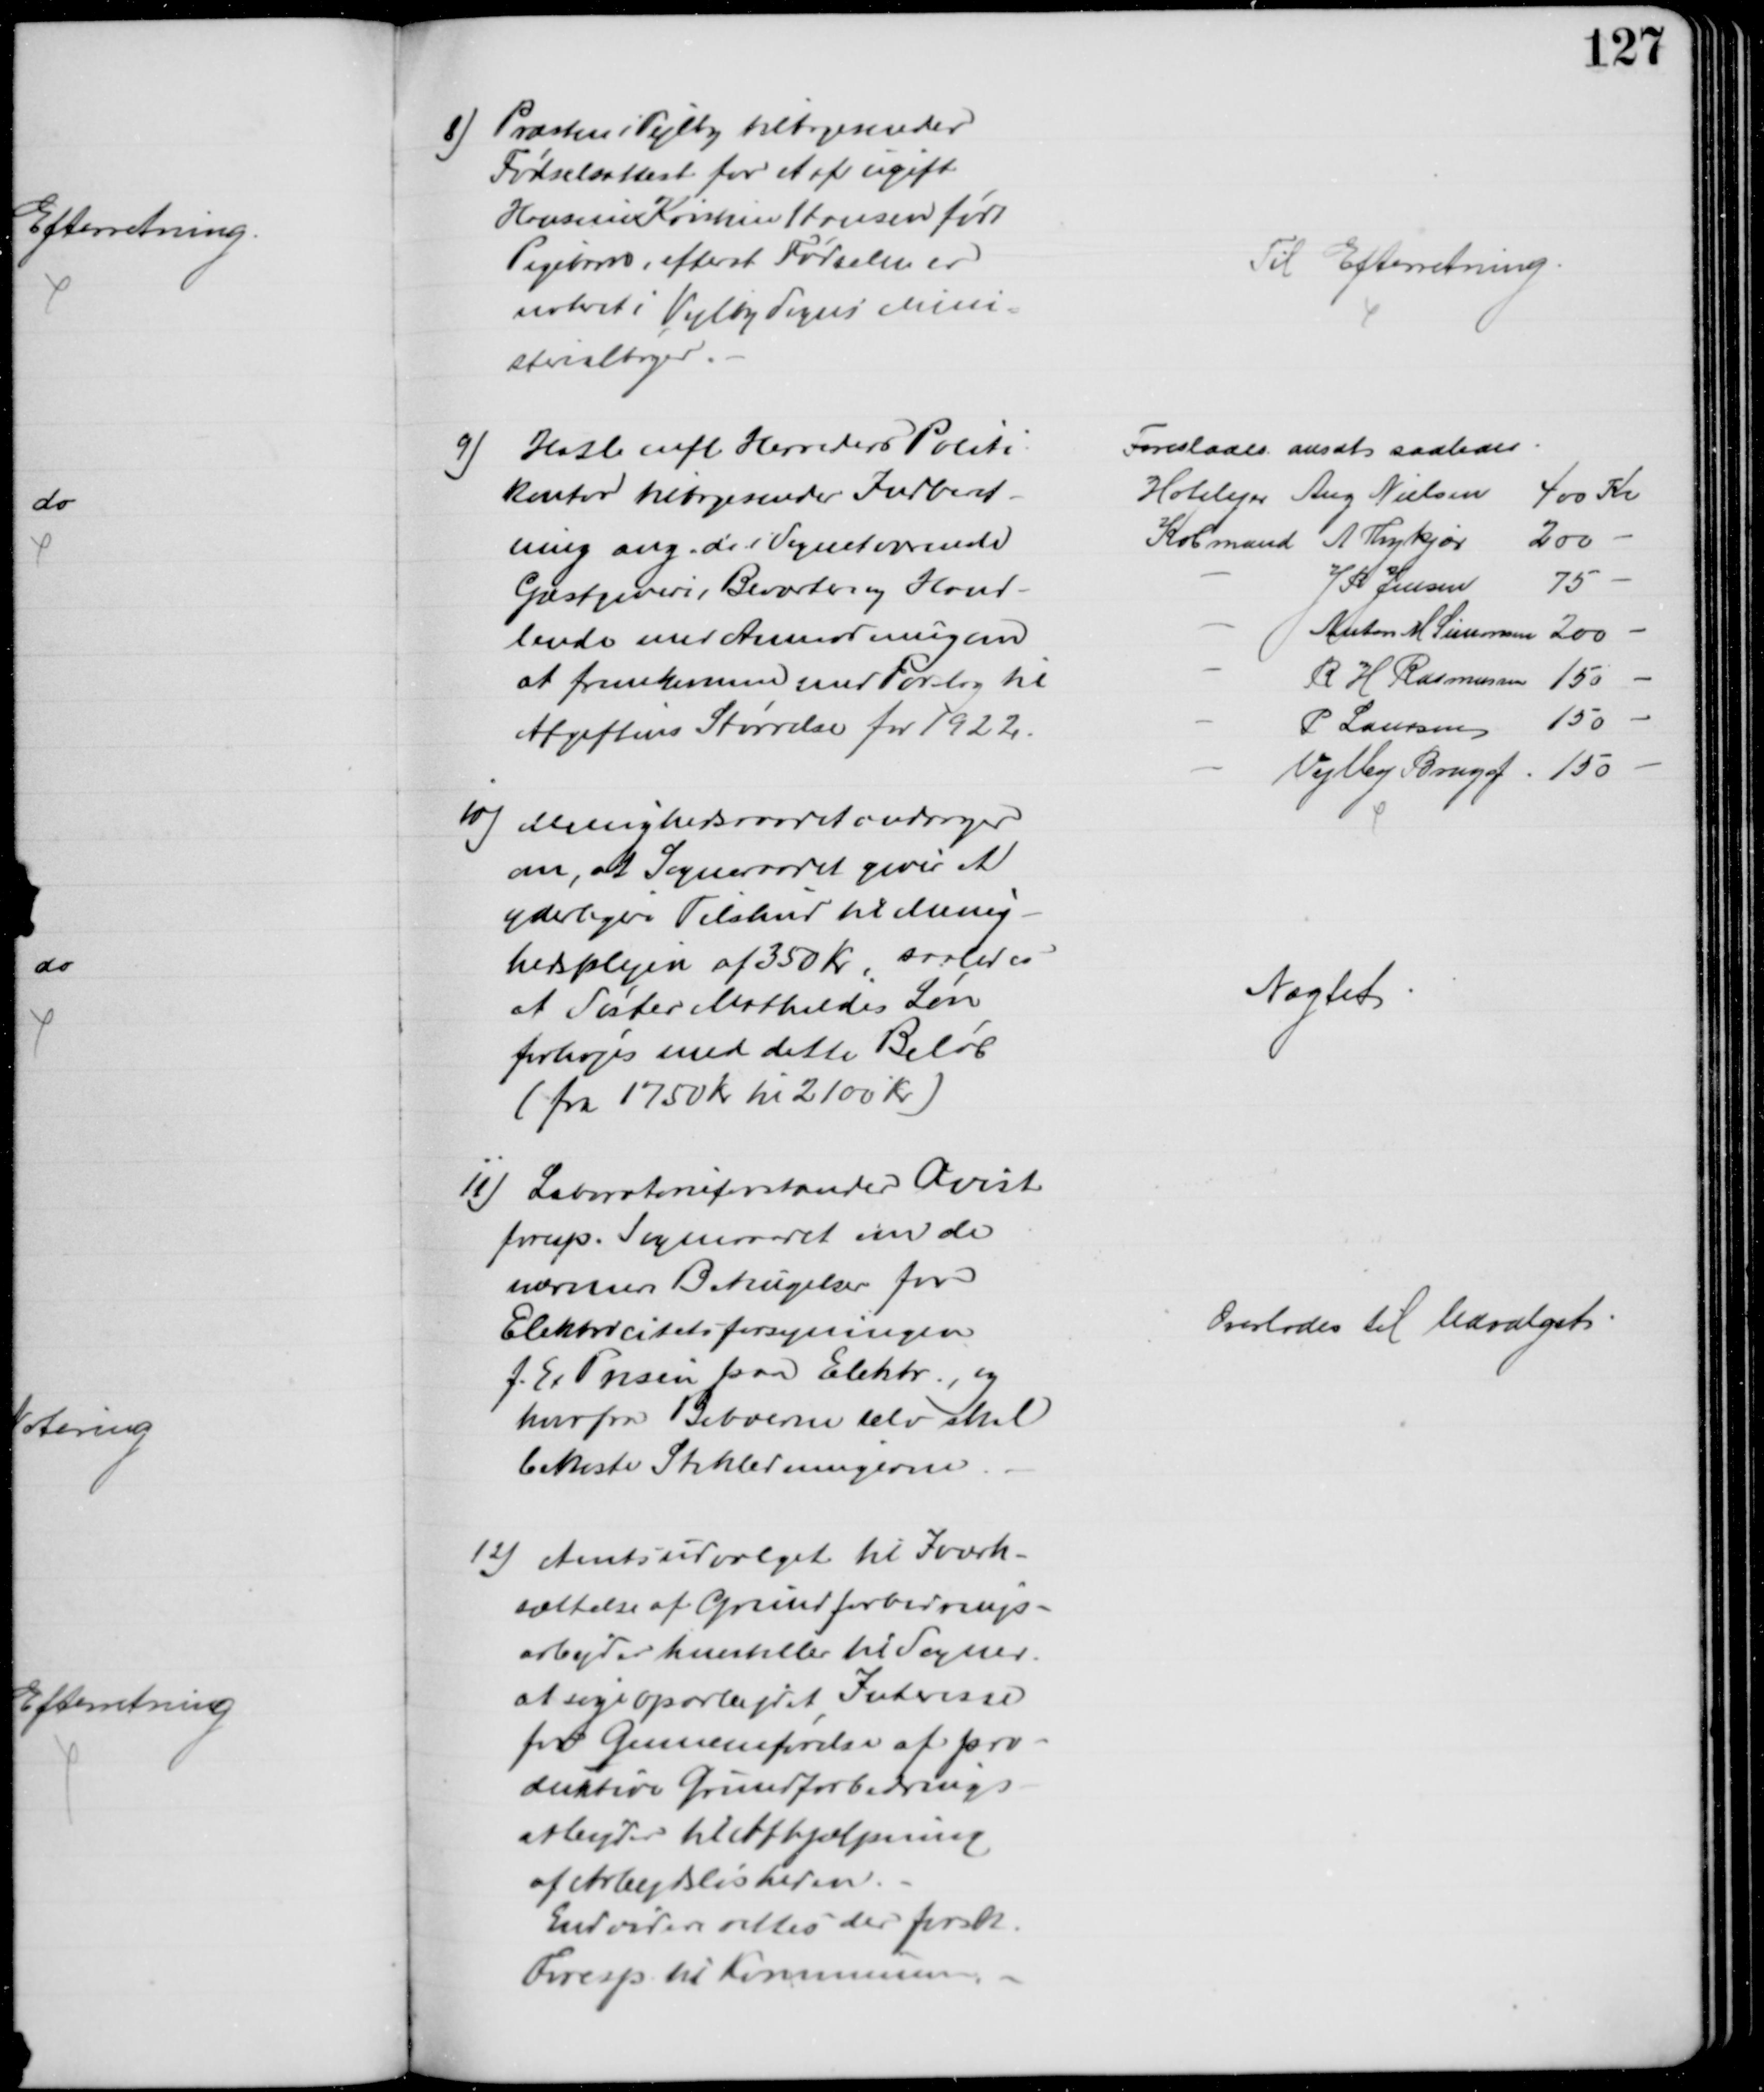
Transskription:
8) Præsten i Vejlby tilbagesender
Fødselsattest for et af ugift
Hansine Kirstine Hansen født
Pigebarn, efterat Fødselen er
noteret i Vejlby Sogns Mini-
sterialbøger.
Til Efterretning
9) Hasle mfl Herreders Politi-
kontor tilbagesender Indberet-
ning ang. de i Sognet værende
Gæstgiveri, Beværter og Hand-
lende med Anmodningen
at fremkomme med Forslag til
Afgiftens Størrelse for 1922.
Foreslaaes ansat saaledes
Hotelejer Aug Nielsen
400 Kr
Købmand A Thykjær
200
J P Jensen
75
Anton M Simonsen 200
R H Rasmussen 150
P Laursen 150
Vejlby Brugsf. 150
10)
Menighedsraadet andrager
om, at Sogneraadet giver et
yderligere Tilskud til Menig-
hedsplejen af 350 Kr, saaledes
at Søster Mathildes Løn
forhøjes med dette Beløb
(fra 1750 Kr til 2100 Kr)
Nægtet
11) Laboratorieforstander Qvist
foresp. Sogneraadet om de
nærmere Betingelser for
Elektricitetsforsyningen
f. Ex Prisen paa Elektr., og
hvorfor Beboerne selv skal
bekoste Stikledningerne
Overlodes til Udvalget
12) Amtsudvalget til Iværk-
sættelse af Grundforbedrings-
arbejder henstiller til Sogner.
at søge oparbejdet Interesse
for Gennemførelse af pro-
duktive Grundforbedrings-
arbejder til afhjælpning
af Arbejdsløsheden.
Endvidere rettes der forsk.
Foresp. til Kommunen.